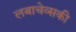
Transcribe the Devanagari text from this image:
लबाचेव्सकी